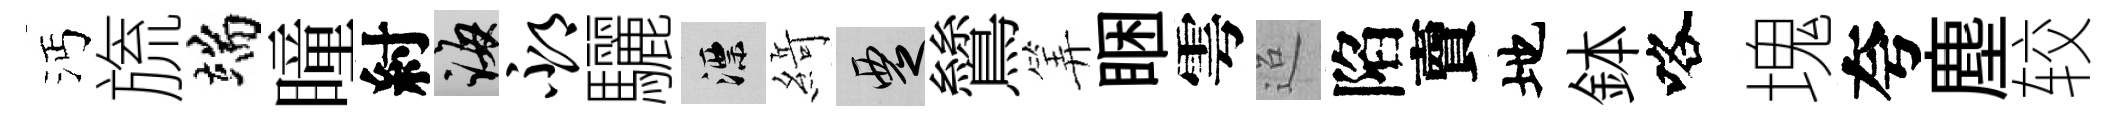
沔旒端瞳紂誨邳驪漂𦂶覂鷥筭睏雩迢陷𧶠地鉢咯塊夸塵较